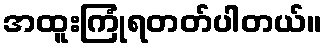
အထူးကြုံရတတ်ပါတယ်။